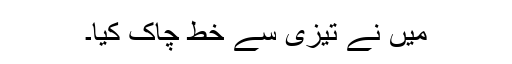
میں نے تیزی سے خط چاک کیا۔